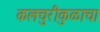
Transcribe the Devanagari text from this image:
कलचुरीकुळाचा